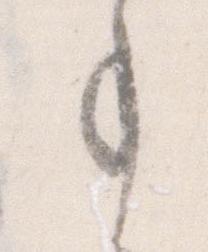
事